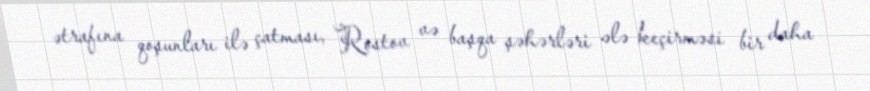
ətrafına qoşunları ilə çatması, Rostov və başqa şəhərləri ələ keçirməsi bir daha